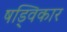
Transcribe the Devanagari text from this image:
षड्विकार